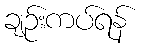
ချဉ်းကပ်ရန်